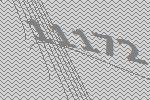
11172